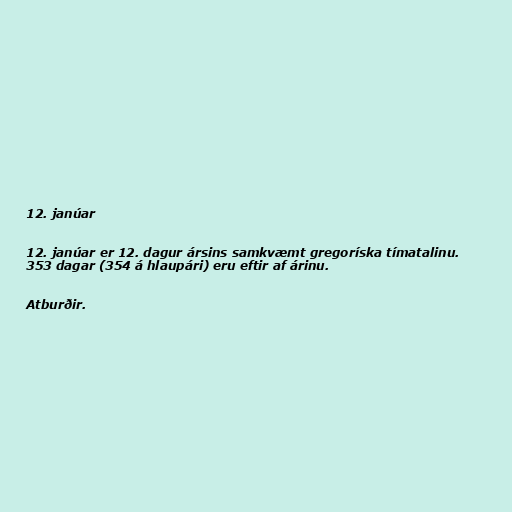
12. janúar

12. janúar er 12. dagur ársins samkvæmt gregoríska tímatalinu.
353 dagar (354 á hlaupári) eru eftir af árinu.

Atburðir.